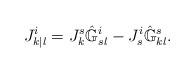
LaTeX: \begin{align*}J^i_{k|l}&=J^s_k \hat{\mathbb{G}}^i_{sl} - J^i_s \hat{\mathbb{G}}^s_{kl}.\end{align*}